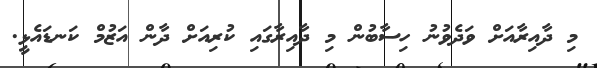
މި ދާއިރާއަށް ވަދެވުނު ހިސާބުން މި ދާއިރާގައި ކުރިއަށް ދާން އަޒުމް ކަނޑައެޅީ.